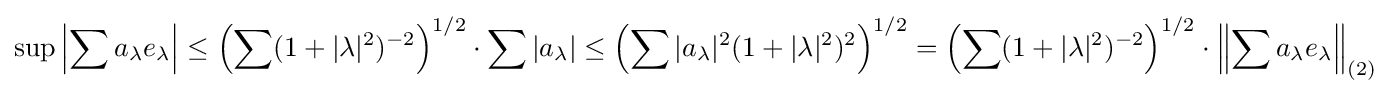
\sup \left|\sum a_{\lambda }e_{\lambda }\right|\leq \left(\sum (1+|\lambda |^{2})^{-2}\right)^{1/2}\cdot \sum |a_{\lambda }|\leq \left(\sum |a_{\lambda }|^{2}(1+|\lambda |^{2})^{2}\right)^{1/2}=\left(\sum (1+|\lambda |^{2})^{-2}\right)^{1/2}\cdot \left\|\sum a_{\lambda }e_{\lambda }\right\|_{(2)}